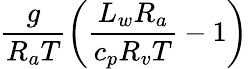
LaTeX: \frac{g}{R_{a}T}\left(\frac{L_{w}R_{a}}{c_{p}R_{v}T}-1\right)